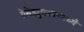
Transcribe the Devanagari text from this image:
वेनेझुएलामध्ये